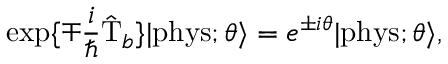
\exp \{ \mp \frac { i } { \hbar } \hat { \mathrm { T } } _ { b } \} | \mathrm { p h y s } ; \theta \rangle = e ^ { \pm i \theta } | \mathrm { p h y s } ; \theta \rangle ,